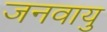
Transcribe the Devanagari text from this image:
जनवायु